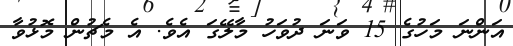
އަންނަ މަހުގެ 15 ވަނަ ދުވަހު މާލޭގަ އެވެ. އެ މެޗުން މޮޅުވާ